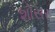
શોસર